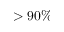
> 9 0 \%